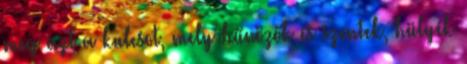
meg azt a kulcsot, mely bűnözők és szentek, hülyék